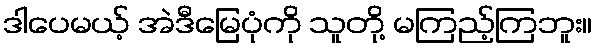
ဒါပေမယ့် အဲဒီမြေပုံကို သူတို့ မကြည့်ကြဘူး။